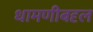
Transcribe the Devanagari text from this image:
धामणीबद्द्ल